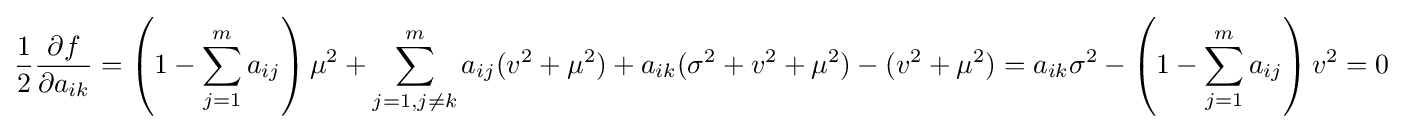
{\frac {1}{2}}{\frac {\partial f}{\partial a_{ik}}}=\left(1-\sum _{j=1}^{m}a_{ij}\right)\mu ^{2}+\sum _{j=1,j\neq k}^{m}a_{ij}(v^{2}+\mu ^{2})+a_{ik}(\sigma ^{2}+v^{2}+\mu ^{2})-(v^{2}+\mu ^{2})=a_{ik}\sigma ^{2}-\left(1-\sum _{j=1}^{m}a_{ij}\right)v^{2}=0